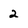
Character: 2